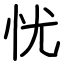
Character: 忧